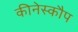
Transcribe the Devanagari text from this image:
कीनेस्कौप